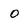
Character: 0